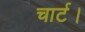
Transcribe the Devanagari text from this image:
चार्ट।